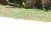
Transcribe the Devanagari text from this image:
समूहावादी